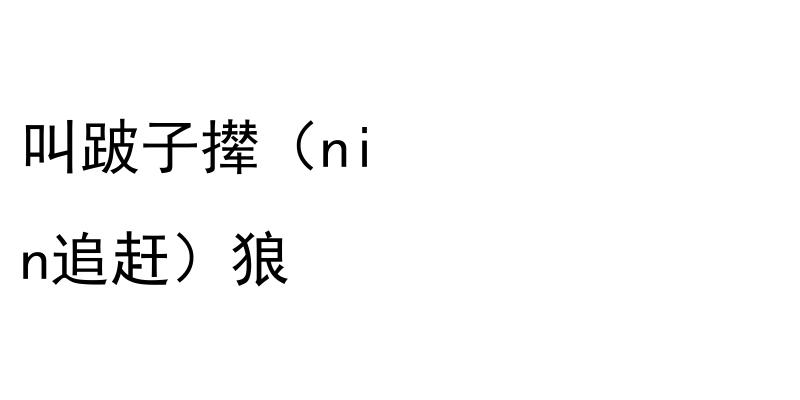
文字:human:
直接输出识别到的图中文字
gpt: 叫跛子撵（ni n追赶）狼